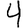
Digit: 4